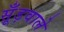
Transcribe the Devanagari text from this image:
सूँड़वाले